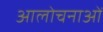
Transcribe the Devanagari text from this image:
आलोचनाआें